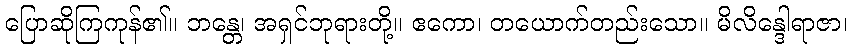
ပြောဆိုကြကုန်၏။ ဘန္တေ၊ အရှင်ဘုရားတို့။ ဧကော၊ တယောက်တည်းသော။ မိလိန္ဒေါရာဇာ၊